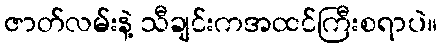
ဇာတ်လမ်းနဲ့ သီချင်းကအထင်ကြီးစရာပဲ။